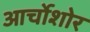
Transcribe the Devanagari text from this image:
आर्चोशोर